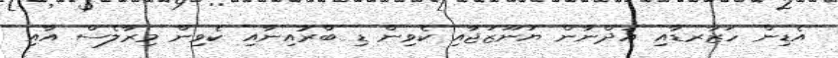
އެޑިން ހަޒާރޑާއި އަދްނާން ޔަނޫޒަޖާއި ކެވިން ޑި ބްރުއިނާއި ކެވިން މިރާލެސް އާއި